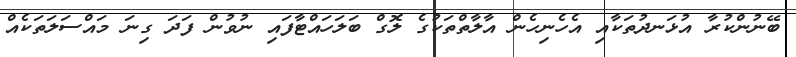
ބޭނުންކުރާ އުޅަނދުތަކާއި އެހެނިހެން އާލާތްތަކުގެ ލޮގް ބަލަހައްޓާފައި ނުވުން ފަދަ ގިނަ މައްސަލަތަކެއް